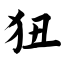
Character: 狃